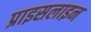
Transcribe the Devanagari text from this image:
प्राइसलाइन